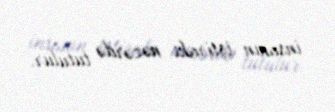
insanın iştirakı nəzərdə tutulur.